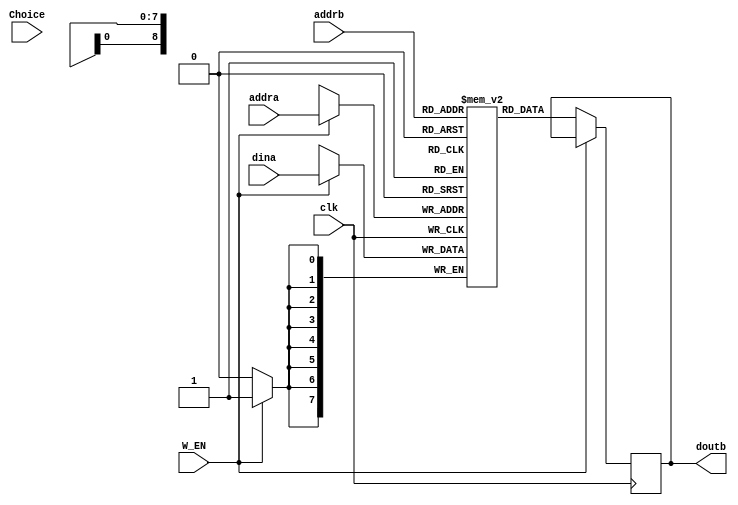
`timescale 1 ns / 100 ps
//240*16*20
//240*16 = 480*8
//SystemVerilog and Verilog Formatter
//row_ram.v
module row_ram #(parameter DATA_WDTH = 4'd8,    //
                      parameter COL = 480,           //RAM
                      parameter COL_BITS = 9)
                     (input clk,                     //
                      input [COL_BITS-1:0] addra,    //
                      input [DATA_WDTH-1:0] dina,    //
                      input W_EN, 
                      input Choice,
                      input [COL_BITS-1:0] addrb,    //
                      output reg [DATA_WDTH-1:0] doutb);

reg [DATA_WDTH-1:0] mem[0:COL-1];  
// reg [DATA_WDTH-1:0] mem2[0:COL-1];
// assign doutb = mem[addrb+0];
// wire [1:0]temp={Choice,W_EN};
always @(posedge clk) begin
    if(W_EN)
        mem[addra] <= dina;
    else
        doutb <= mem[addrb];
end
// always @(posedge clk) begin
//     if(W_EN==1'b1 && Choice==1'b0)
//         mem[addra] <= dina;
//     else if(W_EN==1'b1 && Choice==1'b1)
//         mem2[addra] <= dina;
//     else if(W_EN==1'b0 && Choice==1'b0)
//         doutb <= mem[addrb];
//     else if(W_EN==1'b0 && Choice==1'b1)
//         doutb <= mem2[addrb];
//     else 
//         doutb <= mem[addrb];

// end 

endmodule